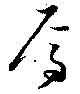
焉